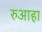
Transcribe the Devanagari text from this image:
रुआहा